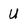
Character: U